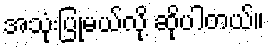
အသုံးပြုမယ်လို့ ဆိုပါတယ်။